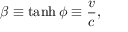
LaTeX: \beta \equiv \operatorname { t a n h } \phi \equiv { \frac { v } { c } } ,